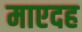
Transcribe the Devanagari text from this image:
माएदह